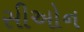
સીઓન